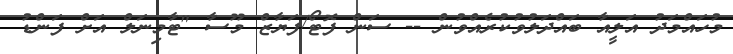
މުހައްމަދު އަލީއާ ބައްދަލުވުކުރެއްވުން -- ސަން ފޮޓޯ/ފަޔާޒް މޫސާ "ޓާމިނަލް އަށް ފަންޑު